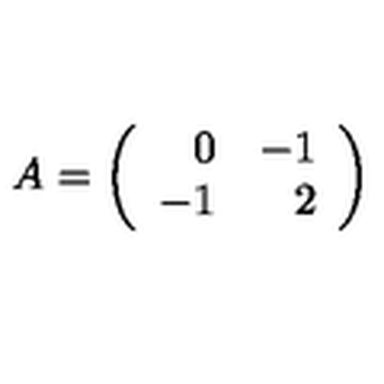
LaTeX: A = \left( \begin{array} { r r } { 0 } & { - 1 } \\ { - 1 } & { 2 } \\ \end{array} \right)